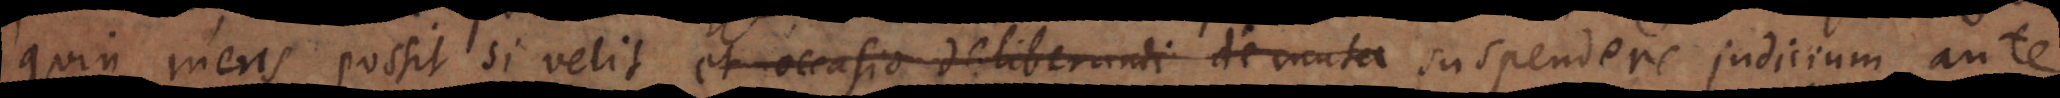
quin mens possit si velit et occasio deliberandi de muta suspendere judicium ante